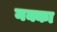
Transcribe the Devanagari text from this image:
नक्का